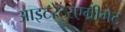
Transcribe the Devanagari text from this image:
आइटरेटरएग्रीगेट